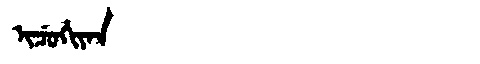
Manchu: ᡳᠴᡠᡥᡳᠶᠠᠨ
Romanization: ICUHIYAN